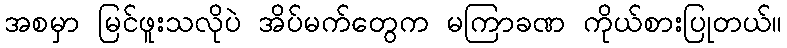
အစမှာ မြင်ဖူးသလိုပဲ အိပ်မက်တွေက မကြာခဏ ကိုယ်စားပြုတယ်။